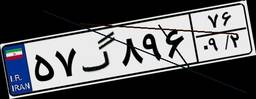
۵۷گ۸۹۶۷۶